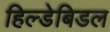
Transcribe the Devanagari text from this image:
हिल्डेबिडल